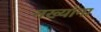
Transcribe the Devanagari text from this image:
नख्यांना